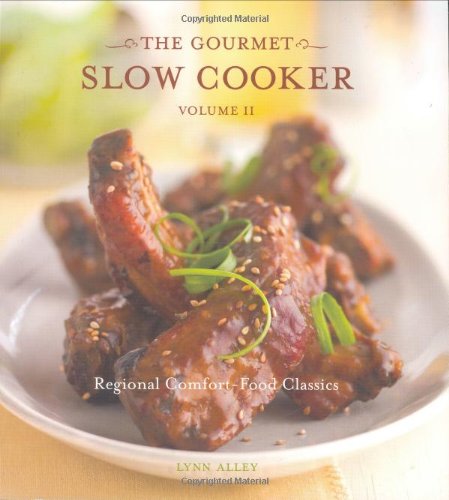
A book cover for The Gourmet Slow Cooker: Volume II, Regional Comfort-Food Classics; Lynn Alley; Cookbooks, Food & Wine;